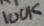
Text: 100K